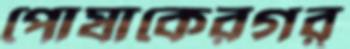
পোষাকেরগর্